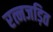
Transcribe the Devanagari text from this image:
रत्नजड़ित